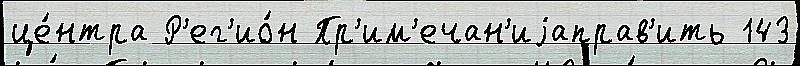
це́нтра Р'ег'ио́н Пр'им'ечан'иjаправ'ить 143